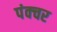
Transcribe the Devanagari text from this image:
पंक्‍चर